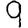
Digit: 9